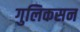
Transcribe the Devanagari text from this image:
गुलिकसन